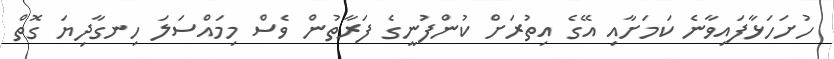
ހުށަހަޅާފައިވާނެ ކަމަށާއި އޭގެ އިތުރަށް ކުންފުނީގެ ފަރާތުން ވެސް މިމައްސަލަ ހިނގާދިޔަ ގޮތް